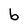
Character: b